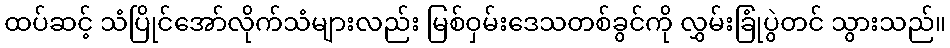
ထပ်ဆင့် သံပြိုင်အော်လိုက်သံများလည်း မြစ်ဝှမ်းဒေသတစ်ခွင်ကို လွှမ်းခြုံပွဲတင် သွားသည်။